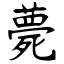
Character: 薨